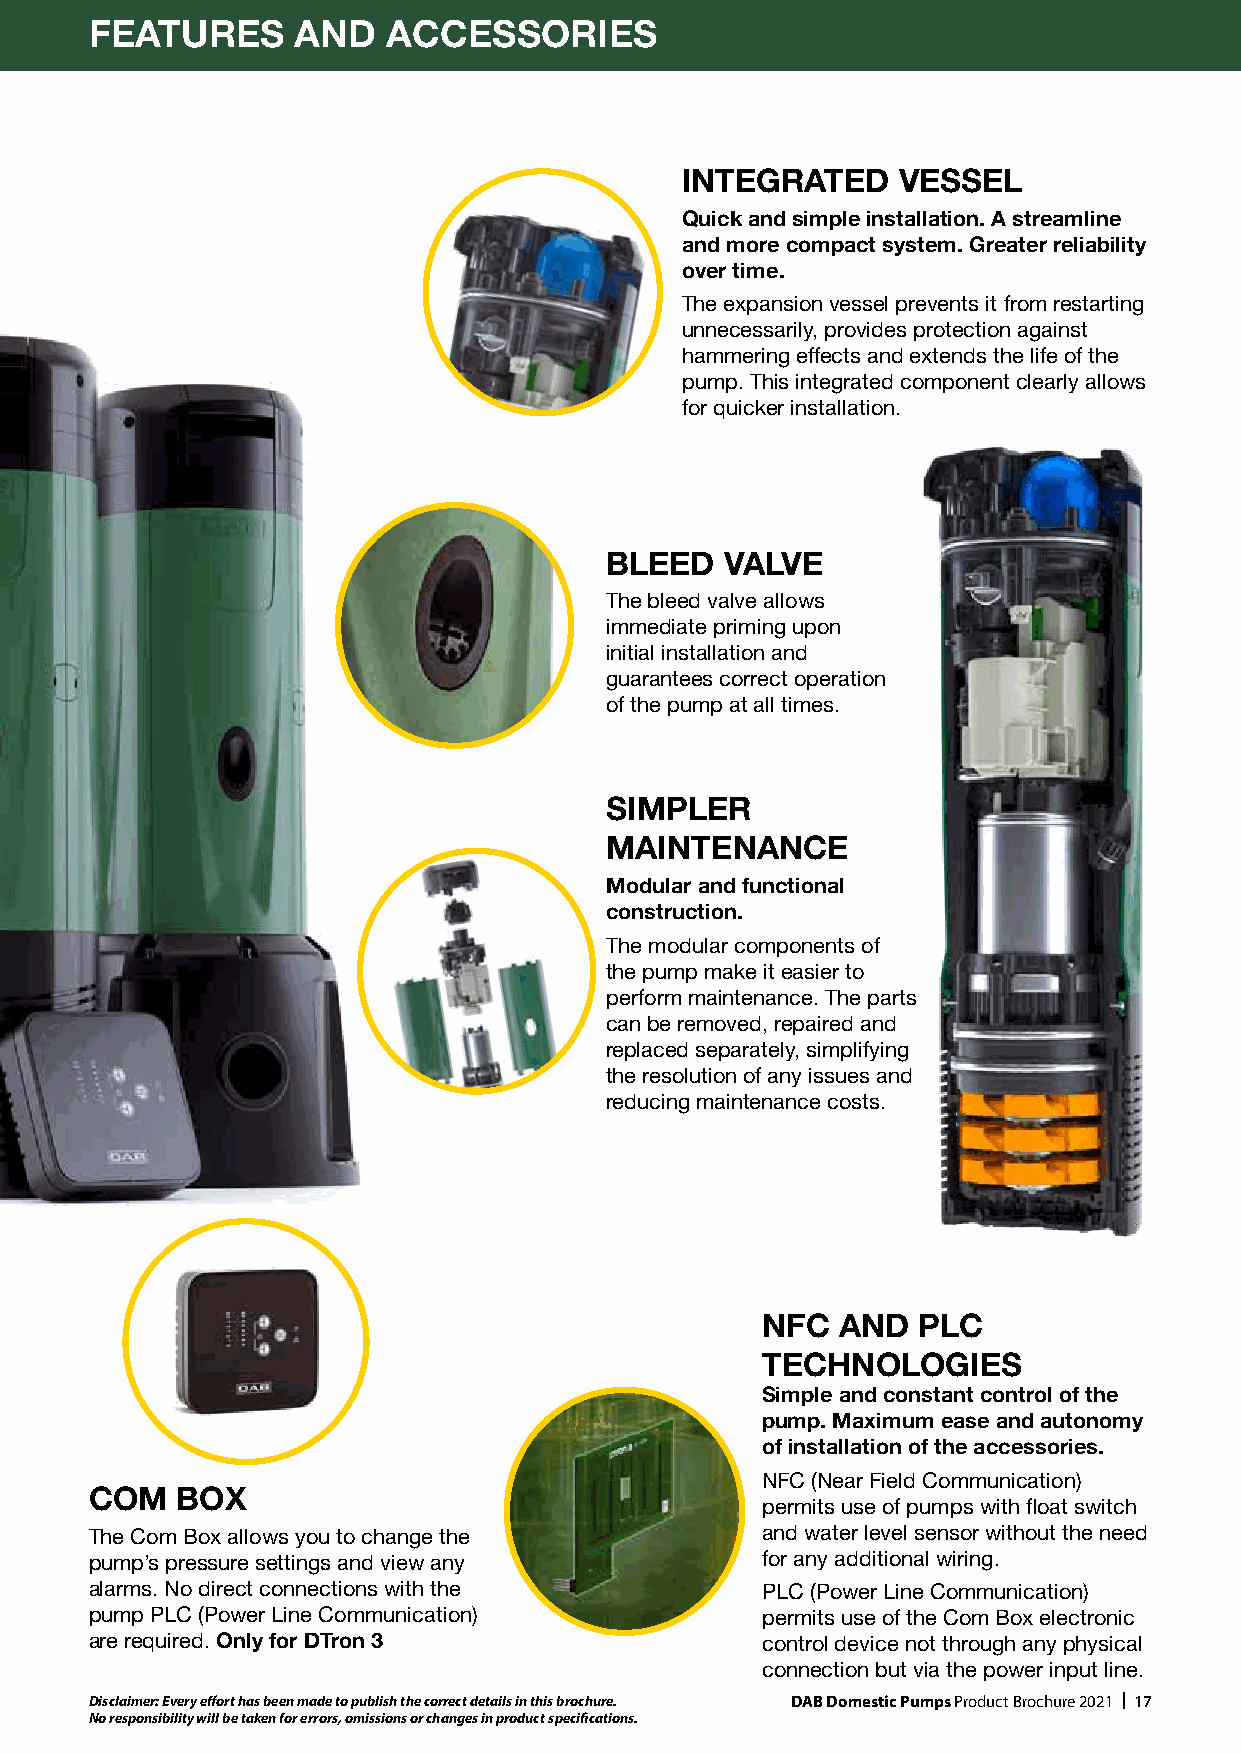
FEATURES      AND   ACCESSORIES
 INTEGRATED    VESSEL
 Quick and simple installation. A streamline
 and more compact system. Greater reliability
 over time.
 The expansion vessel prevents it from restarting
 unnecessarily, provides protection against
 hammering effects and extends the life of the
 pump. This integrated component clearly allows
 for quicker installation.
 BLEED   VALVE
 The bleed valve allows
 immediate priming upon
 initial installation and
 guarantees correct operation
 of the pump at all times.
 SIMPLER
 MAINTENANCE
 Modular and functional
 construction.
 The modular components of
 the pump make it easier to
 perform maintenance. The parts
 can be removed, repaired and
 replaced separately, simplifying
 the resolution of any issues and
 reducing maintenance costs.
 NFC   AND  PLC
 TECHNOLOGIES
 Simple and constant control of the
 pump. Maximum ease and autonomy
 of installation of the accessories.
 NFC (Near Field Communication)
 COM   BOX
 permits use of pumps with float switch
 The Com Box allows you to change the        and water level sensor without the need
 pump’s pressure settings and view any       for any additional wiring.
 alarms. No direct connections with the      PLC (Power Line Communication)
 pump PLC (Power Line Communication)         permits use of the Com Box electronic
 are required. Only for DTron 3              control device not through any physical
 connection but via the power input line.
 Disclaimer: Every effort has been made to publish the correct details in this brochure. DAB Domestic Pumps Product Brochure 2021 | 17
 No responsibility will be taken for errors, omissions or changes in product specifications.